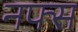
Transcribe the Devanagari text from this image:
नफ्स